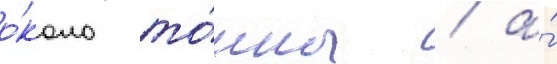
о́коло то́нны / а́